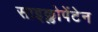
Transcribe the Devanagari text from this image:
साइक्लोपेंटेन